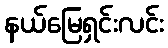
နယ်မြေရှင်းလင်း